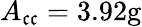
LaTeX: A_{\mathfrak{c}\mathfrak{c}}=3.92\mathrm{{{g}}}